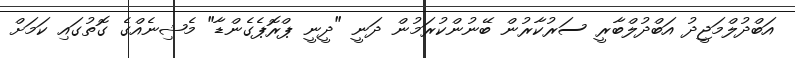
އަބްދުލްމަޖީދު އަބްދުލްބާރީ ސަރުކާރުން ބޭނުންކުރަމުން ދަނީ "ދީނީ ޕްރޮޕެގެންޑާ" މެޝިނެއްގެ ގޮތުގައި ކަމަށް